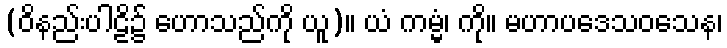
(ဝိနည်းပါဠိ၌ ဟောသည်ကို ယူ)။ ယံ ကမ္မံ၊ ကို။ မဟာပဒေသဝသေန၊